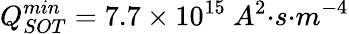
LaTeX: Q_{SOT}^{min}=7.7\times{10}^{15}{\ }{{A}}^{2}{{·}}{s}{{·}}{{m}}^{{-4}}